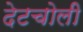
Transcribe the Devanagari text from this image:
देटचोली